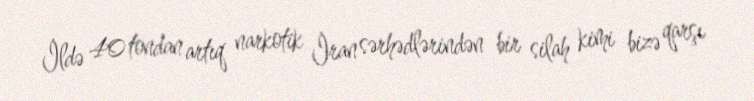
İldə 40 tondan artıq narkotik İran sərhədlərindən bir silah kimi bizə qarşı